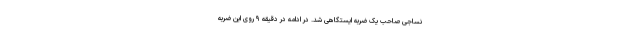
نساجی صاحب یک ضربه ایستگاهی شد. در ادامه در دقیقه ۹ روی این ضربه